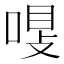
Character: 𠷾